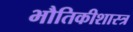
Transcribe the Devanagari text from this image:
भौतिकीशास्त्र